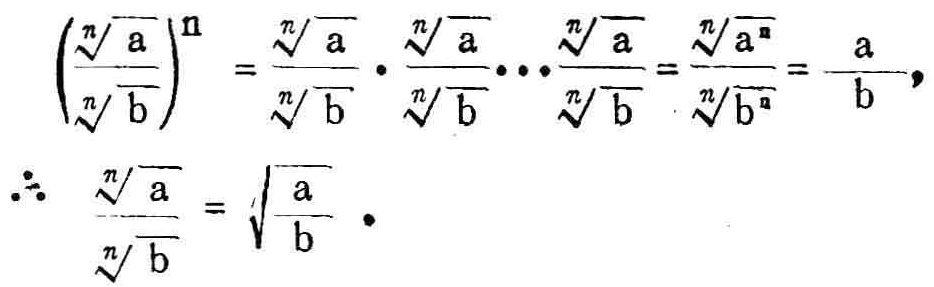
\[\left(\frac{\sqrt[n]{a}}{\sqrt[n]{b}}\right)^{n}=\frac{\sqrt[n]{a}}{\sqrt[n]{b}}\cdot\frac{\sqrt[n]{a}}{\sqrt[n]{b}}\cdots\frac{\sqrt[n]{a}}{\sqrt[n]{b}}=\frac{\sqrt[n]{a^{n}}}{\sqrt[n]{b^{n}}}=\frac{a}{b},\]
\[\therefore\frac{\sqrt[n]{a}}{\sqrt[n]{b}}=\sqrt[n]{\frac{a}{b}}.\]